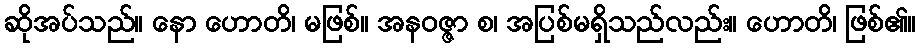
ဆိုအပ်သည်။ နော ဟောတိ၊ မဖြစ်။ အနဝဇ္ဇာ စ၊ အပြစ်မရှိသည်လည်း။ ဟောတိ၊ ဖြစ်၏။